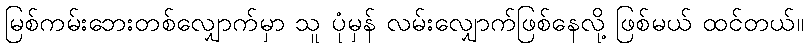
မြစ်ကမ်းဘေးတစ်လျှောက်မှာ သူ ပုံမှန် လမ်းလျှောက်ဖြစ်နေလို့ ဖြစ်မယ် ထင်တယ်။